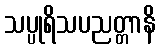
သပ္ပုရိသပညတ္တာနိ